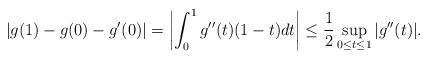
LaTeX: \begin{align*}|g(1)-g(0)-g'(0)|=\left|\int_0^1g''(t)(1-t)dt\right|\leq\frac{1}{2}\sup_{0\leq t\leq 1}|g''(t)|.\end{align*}